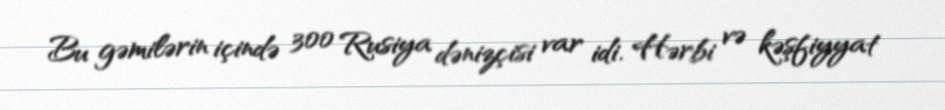
Bu gəmilərin içində 300 Rusiya dənizçisi var idi. Hərbi və kəşfiyyat